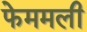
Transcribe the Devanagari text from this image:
फेममली